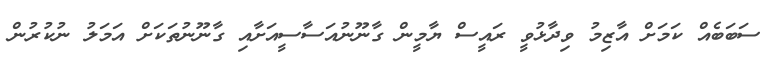
ސަބަބެއް ކަމަށް އާޒިމު ވިދާޅުވީ ރައީސް ޔާމީން ގާނޫނުއަސާސީއަށާއި ގާނޫނުތަކަށް އަމަލު ނުކުރުން